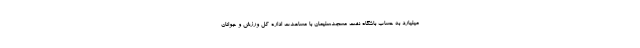
میلیارد به حساب باشگاه نفت مسجدسلیمان با مساعدت اداره کل ورزش و جوانان